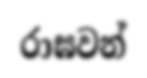
රාඝවන්